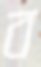
ব